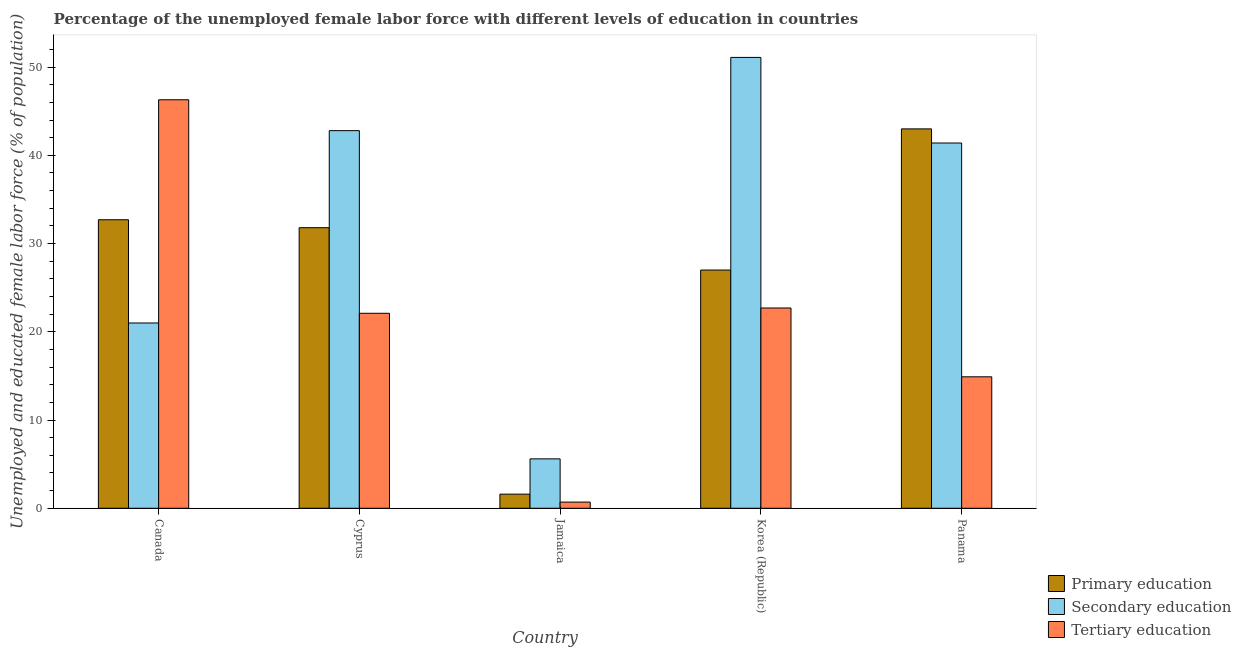
| Country | Primary education | Secondary education | Tertiary education |
 | --- | --- | --- | --- |
 | Canada | 32.7 | 21 | 46.3 |
 | Cyprus | 31.8 | 42.8 | 22.1 |
 | Jamaica | 1.6 | 5.6 | 0.7 |
 | Korea (Republic) | 27 | 51.1 | 22.7 |
 | Panama | 43 | 41.4 | 14.9 |